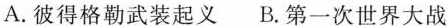
A.彼得格勒武装起义B.第一次世界大战